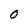
Character: 0